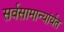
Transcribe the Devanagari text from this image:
सर्वसामान्यांर्यंत